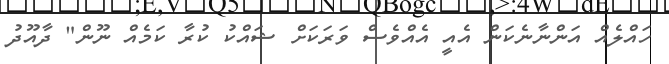
ހައްލެއް އަންނާނެކަން އެއީ އެއްވެސް ވަރަކަށް ޝައްކު ކުރާ ކަމެއް ނޫން" ދާއޫދު